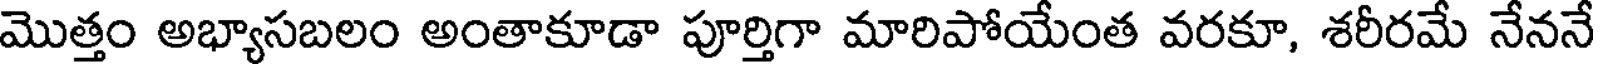
మొత్తం అభ్యాసబలం అంతాకూడా పూర్తిగా మారిపోయేంత వరకూ, శరీరమే నేననే